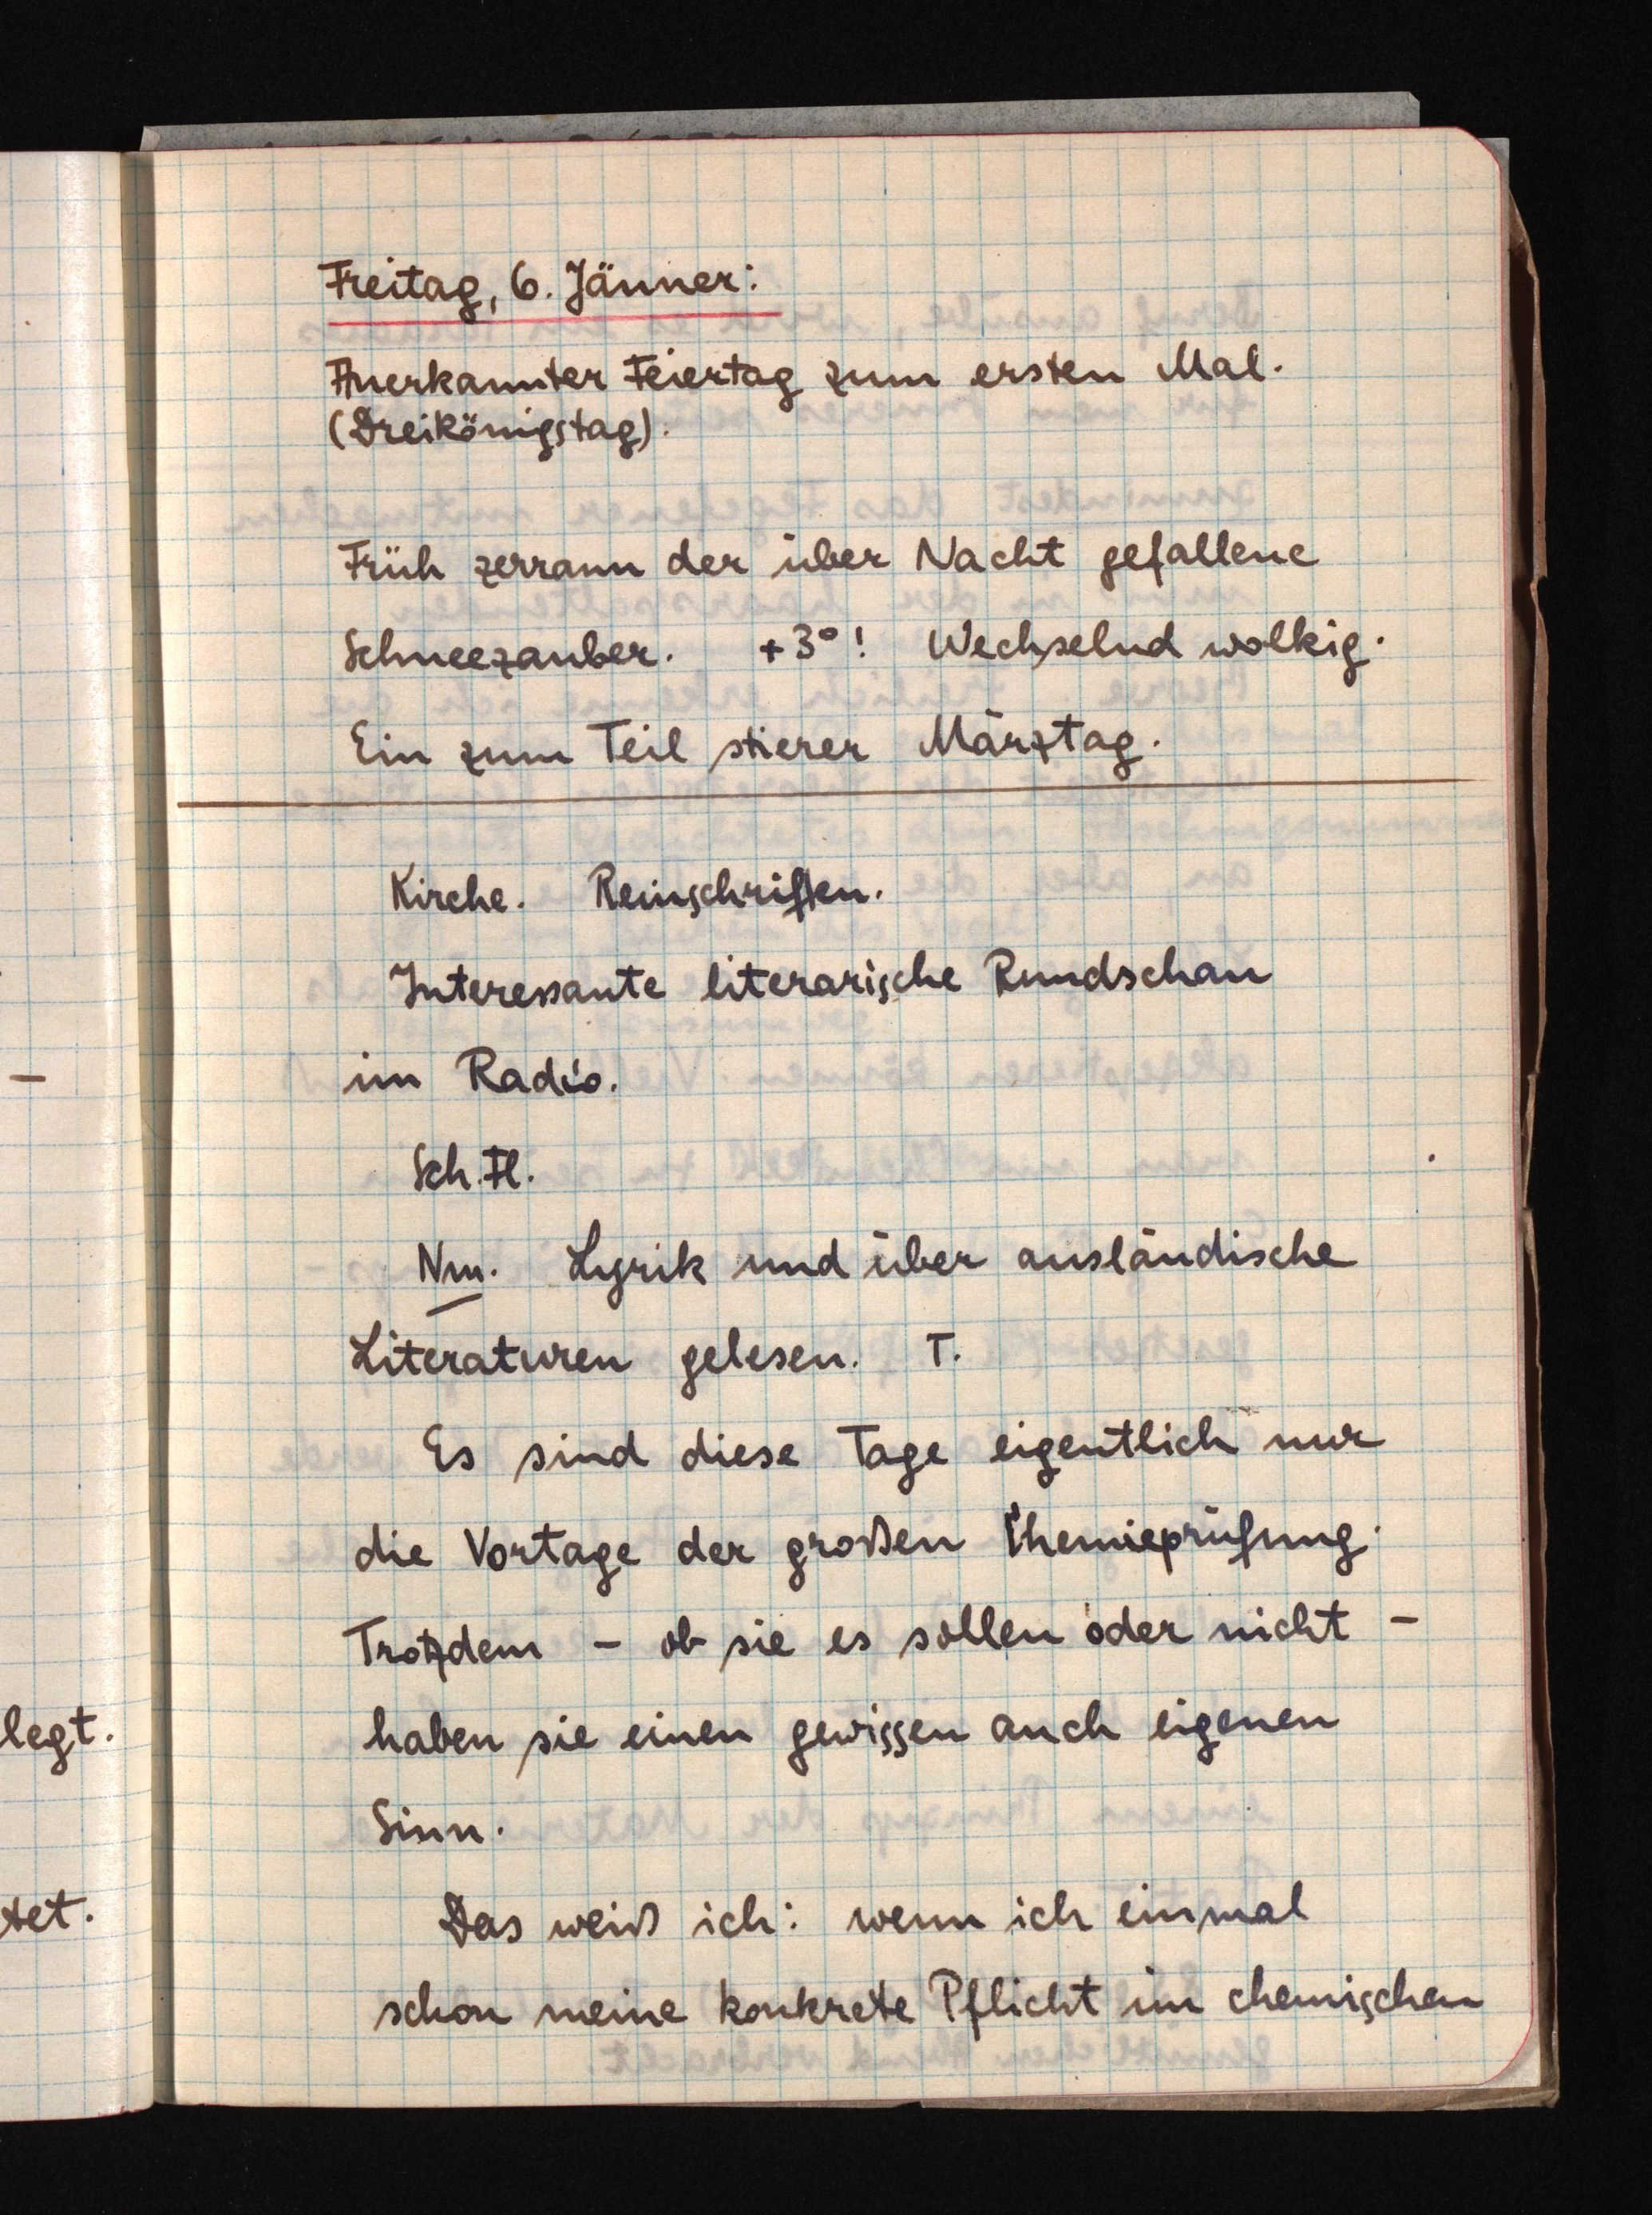
Freitag, 6. Jänner:
Anerkannter Feiertag zum ersten Mal.
(Dreikönigstag).
Früh zerrann der über Nacht gefallene
Schneezauber. +3°! Wechselnd wolkig.
Ein zum Teil stierer Märztag.
Kirche. Reinschriften.
Interessante literarische Rundschau
im Radio.
Sch. Fl.
Nm. Lyrik und über ausländische
Literaturen gelesen. T.
Es sind diese Tage eigentlich nur
die Vortage der großen Chemieprüfung.
Trotzdem - ob sie es sollen oder nicht -
haben sie einen gewissen auch eigenen
Sinn.
Das weiß ich: wenn ich einmal
schon meine konkrete Pflicht im chemischen